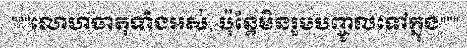
"""លោហធាតុទាំងអស់, ប៉ុន្តែមិនរួមបញ្ចូលទៅក្នុង"""